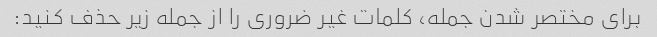
برای مختصر شدن جمله، کلمات غیر ضروری را از جمله زیر حذف کنید: